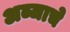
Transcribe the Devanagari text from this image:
अब्जाचे